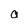
Character: a